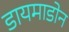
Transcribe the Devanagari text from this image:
डायमाडोन